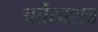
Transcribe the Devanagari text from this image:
अर्तेखशत्र